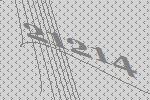
21214